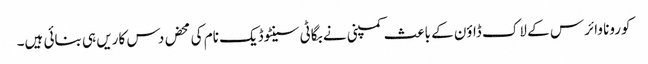
کورونا وائرس کے لاک ڈاؤن کے باعث کمپنی نے بگاٹی سینٹوڈیک نام کی محض دس کاریں ہی بنائی ہیں۔